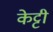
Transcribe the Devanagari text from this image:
केट्टी